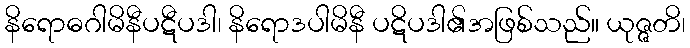
နိရောဓဂါမိနီပဋီပဒါ၊ နိရောဒပါမိနီ ပဋိပဒါ၏အဖြစ်သည်။ ယုဇ္ဇတိ၊